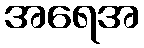
အရေအ